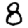
Digit: 8